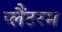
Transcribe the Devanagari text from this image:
प्लैंटरम